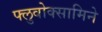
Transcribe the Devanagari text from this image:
फ्लुवोक्सामिने